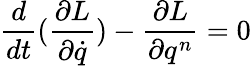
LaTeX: \frac{d}{dt}(\frac{\partial L}{\partial\dot{q}})-\frac{\partial L}{\partial q^{n}}=0